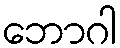
ဘောဂါ